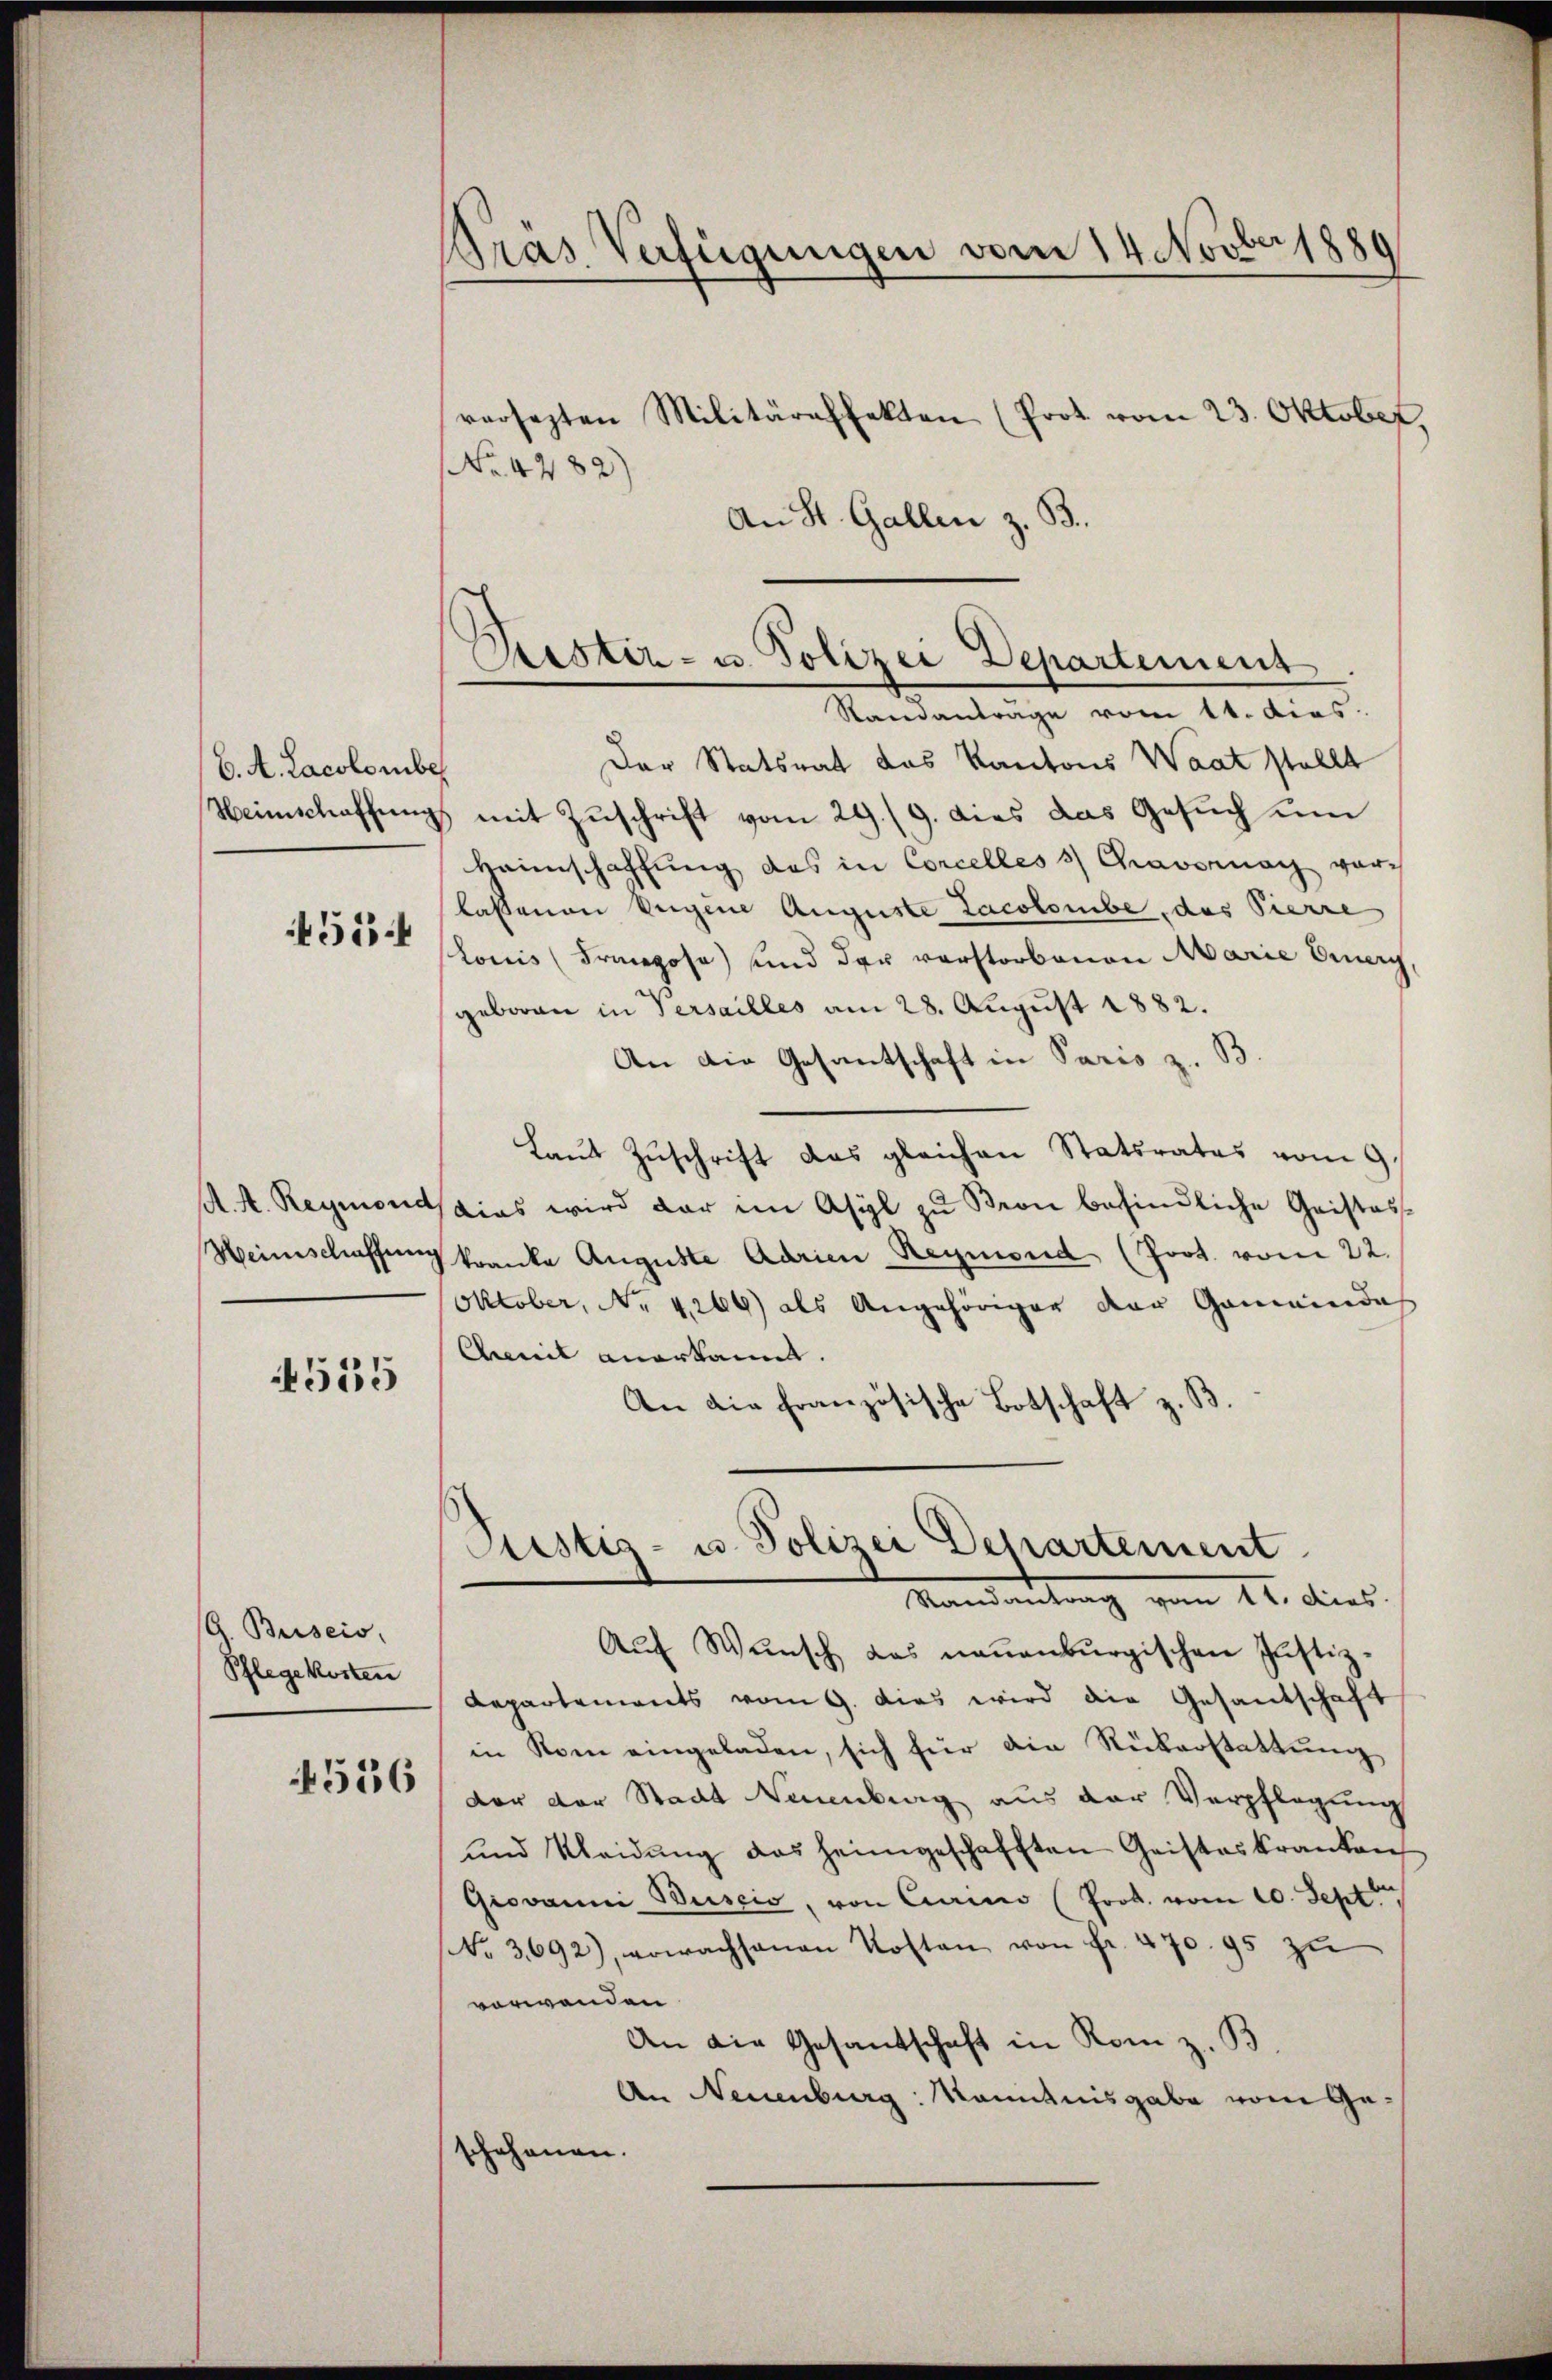
6. A. Lacolomber
Heimschaffung
455.

A. A. Reymond
Weinschaffung

555

A Buiseis
Pflegekosten

4556

Bras Verfügungen vom 14 Novber 1889
versezten Militäraffekten (Prot vom 23. Oktober,
No. 4782)

An St. Gallen z. B.
Der Statsrat das Kantons Waat stellt
mit Zuschrift vom 29./9. dies das Gesuch um
Heimschaffung das in Concelles 3 Chravornach vor-
lassenen Eigene Auguste Lacolombe, das Pierre
lonis (Franzose) und der verstorbenen Marie Druery,
geboren in Versailles am 28. August 1882.
An die Gesantschaft in Paris z. B
Laŭt Zŭschrift das gleichen Statsrates vom 9.
dias wird dar im Asyl zu Von befindliche Geistes-
kranke Auguste Adrien Reymond (Prot. vom 22.
Oktober, No 4264) als Angehöriger der Gemeindes
Ait anerkannt.
An die französische Botschaft z. B.

Ristiz- u. Polizei Departement
Standantrage vom 14. dies

Aŭf Wunsch das neuenburgischen Justiz-
Repartements vom 9. dies wird die Gesantschaft
in Rom eingeladen, sich für die Rükerstattŭng
dor der Stadt Neuenburg aus der Verpflegung
und Kleidŭng das heimgeschafften Geisteskranken
Giovanni Buscio, von Caamo (Prok. vom 20. Sept
NNo. 3692), erwachsanen Kosten von Fr. 470. 95 zu
vorwenden
An die Gesandschaft in Rom z. B.
An Neuenburg: Kenntnisgabe vom Geschehenen.

Justiz- u. Polizei Departement
Mandantrag vom 12. dies